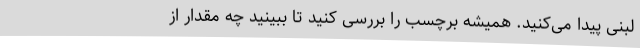
لبنی پیدا می‌کنید. همیشه برچسب را بررسی کنید تا ببینید چه مقدار از